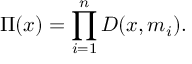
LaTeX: \Pi ( x ) = \prod _ { i = 1 } ^ { n } D ( x , m _ { i } ) .